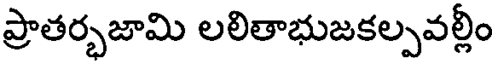
ప్రాతర్భజామి లలితాభుజకల్పవల్లీ